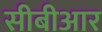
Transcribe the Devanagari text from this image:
सीबीआर